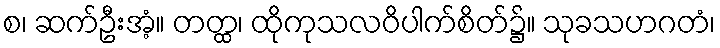
စ၊ ဆက်ဦးအံ့။ တတ္ထ၊ ထိုကုသလဝိပါက်စိတ်၌။ သုခသဟဂတံ၊